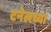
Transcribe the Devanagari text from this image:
टनेलच्या